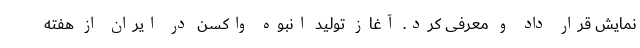
نمایش قرار داد و معرفی کرد. آغاز تولید انبوه واکسن در ایران از هفته